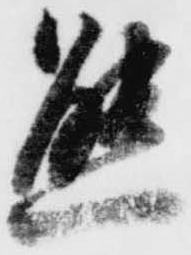
態